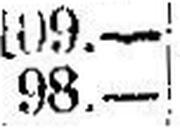
98.—